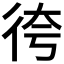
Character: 𢓢